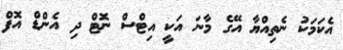
އެކަމަކު ނެތިއްޔާ އޭގެ މާނަ އަކީ އިޓްސް ނޮޓް ދި އެންޑް އޮފް